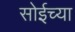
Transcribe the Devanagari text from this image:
सोईच्या